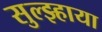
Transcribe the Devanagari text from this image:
सुल्झ्हाया